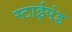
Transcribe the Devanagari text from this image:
स्टाईपंड